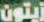
زيتون